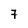
Character: 7